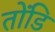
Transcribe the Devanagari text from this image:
तोंडि